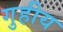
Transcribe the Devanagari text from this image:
गुहीय